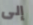
إلى